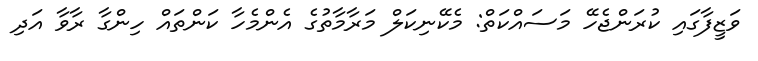
ވަޒީފާގައި ކުރަންޖެހޭ މަސައްކަތް: މެކޭނިކަލް މަރާމާތުގެ އެންމެހާ ކަންތައް ހިންގާ ރާވާ އަދި